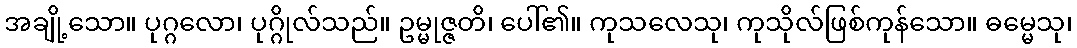
အချို့သော။ ပုဂ္ဂလော၊ ပုဂ္ဂိုလ်သည်။ ဥမ္မုဇ္ဇတိ၊ ပေါ်၏။ ကုသလေသု၊ ကုသိုလ်ဖြစ်ကုန်သော။ ဓမ္မေသု၊